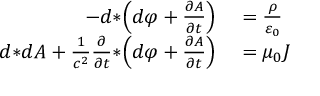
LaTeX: \begin{array} { r l } { - d { * } \! \left( d \varphi + { \frac { \partial A } { \partial t } } \right) } & { { } = { \frac { \rho } { \varepsilon _ { 0 } } } } \\ { d { * } d A + { \frac { 1 } { c ^ { 2 } } } { \frac { \partial } { \partial t } } { * } \! \left( d \varphi + { \frac { \partial A } { \partial t } } \right) } & { { } = \mu _ { 0 } J } \end{array}